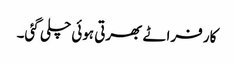
کار فراٹے بھرتی ہوئی چلی گئی۔